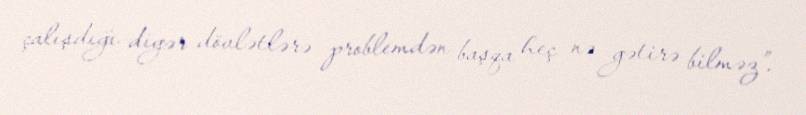
çalışdığı digər dövlətlərə problemdən başqa heç nə gətirə bilməz”.